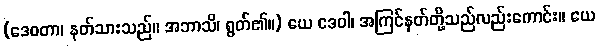
(ဒေဝတာ၊ နတ်သားသည်။ အဘာသိ၊ ရွတ်၏။) ယေ ဒေဝါ၊ အကြင်နတ်တို့သည်လည်းကောင်း။ ယေ